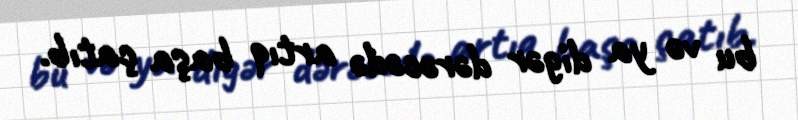
bu və ya digər dərəcədə artıq başa çatıb.